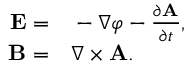
\begin{array} { r l } { { \mathbf E } = } & { { } - \nabla \varphi - \frac { \partial { \mathbf A } } { \partial t } , } \\ { { \mathbf B } = } & { { } \nabla \times { \mathbf A } . } \end{array}